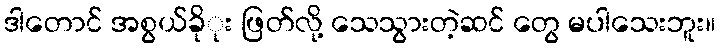
ဒါတောင် အစွယ်ခိုုး ဖြတ်လို့ သေသွားတဲ့ဆင် တွေ မပါသေးဘူး။